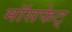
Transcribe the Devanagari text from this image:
मॉसफेट्